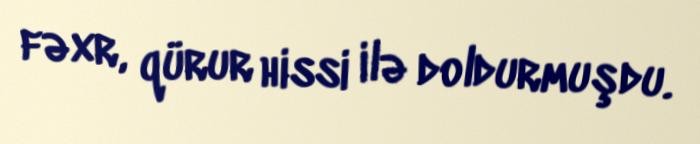
fəxr, qürur hissi ilə doldurmuşdu.